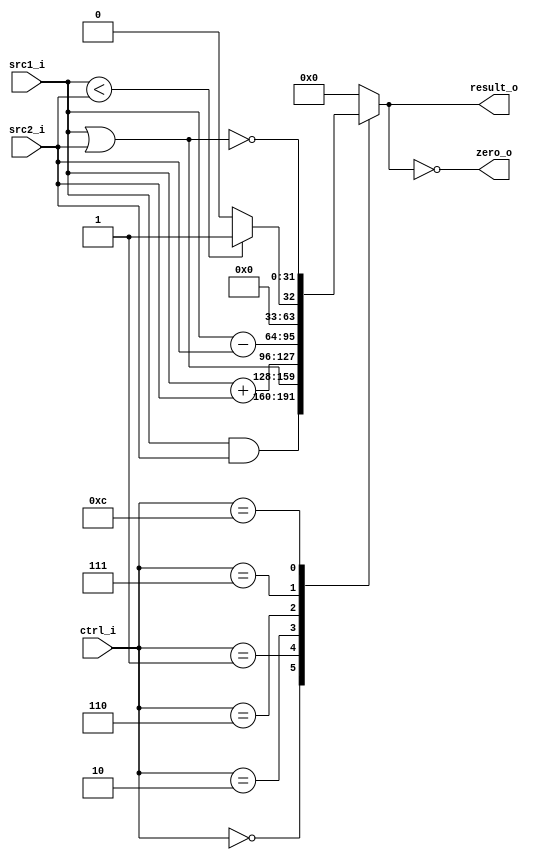
//Subject:     CO project 2 - ALU
//--------------------------------------------------------------------------------
//Version:     1
//--------------------------------------------------------------------------------
//Writer:       109550020
//----------------------------------------------
//----------------------------------------------
//Description: 
//--------------------------------------------------------------------------------
`timescale 1ns/1ps
module ALU(
    src1_i,
	src2_i,
	ctrl_i,
	result_o,
	zero_o
	);
     
//I/O ports
input signed [32-1:0]  src1_i;
input signed [32-1:0]  src2_i;
input  [4-1:0]   ctrl_i;

output [32-1:0]	 result_o;
output           zero_o;

//Internal signals
reg    [32-1:0]  result_o;
wire             zero_o;

//Parameter

//Main function
assign zero_o = (result_o == 0);

always@(ctrl_i, src1_i, src2_i)
begin
	case(ctrl_i)
		4'b0000: result_o <= src1_i & src2_i;
		4'b0001: result_o <= src1_i | src2_i;
		4'b0010: result_o <= src1_i + src2_i;
		4'b0110: result_o <= src1_i - src2_i;
		4'b0111: result_o <= src1_i < src2_i ? 1 : 0;
		4'b1100: result_o <= ~(src1_i | src2_i);
		default:  result_o <= 0;
	endcase
end

endmodule